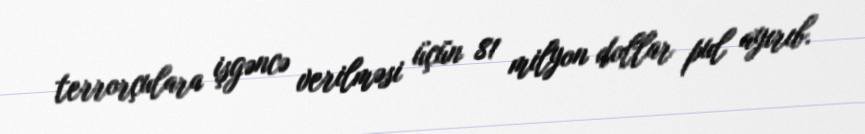
terrorçulara işgəncə verilməsi üçün 81 milyon dollar pul ayırıb.